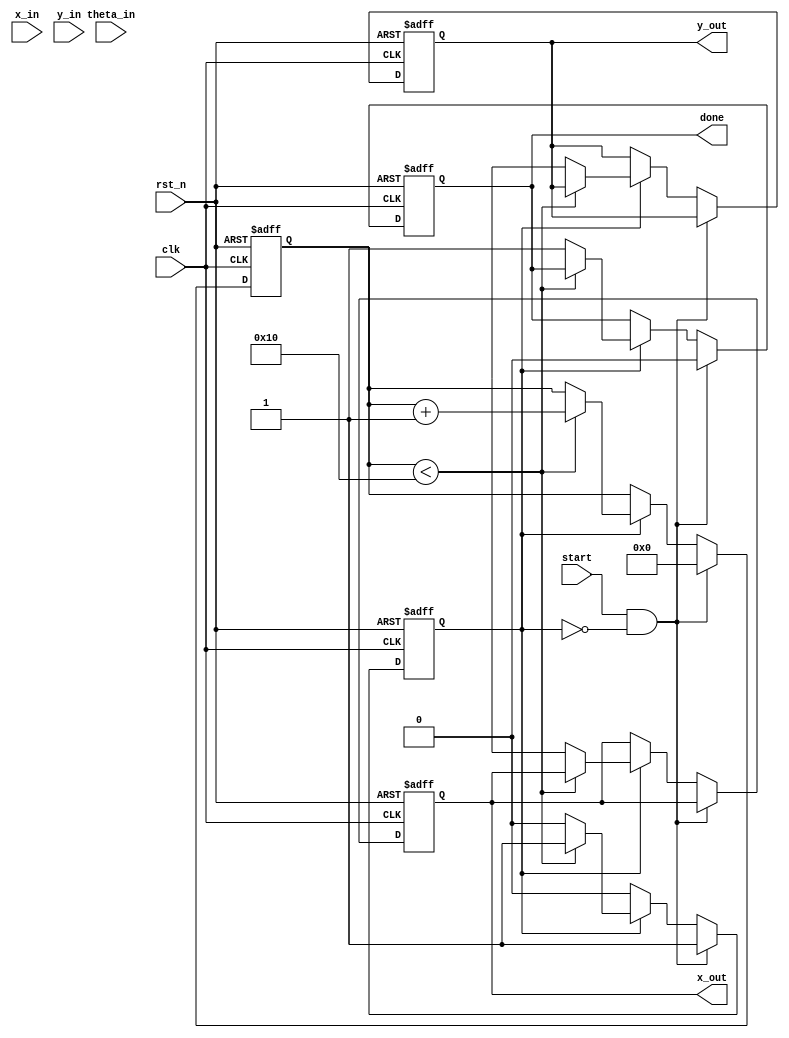
module CORDIC #(
    parameter WIDTH = 16,               // Width of the fixed-point representation
    parameter ITERATIONS = 16           // Number of CORDIC iterations
) (
    input  wire clk,                    // Clock signal
    input  wire rst_n,                  // Active low reset
    input  wire [WIDTH-1:0] x_in,      // Input X vector
    input  wire [WIDTH-1:0] y_in,      // Input Y vector
    input  wire [WIDTH-1:0] theta_in,  // Input angle (in fixed-point format)
    input  wire start,                  // Start signal
    output reg [WIDTH-1:0] x_out,      // Output X vector
    output reg [WIDTH-1:0] y_out,      // Output Y vector
    output reg done                     // Done signal
);

    // Internal signals
    reg [WIDTH-1:0] x [0:ITERATIONS-1];
    reg [WIDTH-1:0] y [0:ITERATIONS-1];
    reg [WIDTH-1:0] theta [0:ITERATIONS-1];
    reg [ITERATIONS-1:0] angle_table [0:ITERATIONS-1]; // Pre-computed arctan values
    reg [4:0] count; // Iteration counter
    reg active;      // Indicates if CORDIC is running

    // Initialize angle table
    initial begin
        angle_table[0] = 16'h3FFF; // atan(2^0) = 45 degrees
        angle_table[1] = 16'h2000; // atan(2^-1) = 26.565 degrees
        angle_table[2] = 16'h199A; // atan(2^-2) = 14.036 degrees
        // Add more angles as needed for ITERATIONS
        // ...
        angle_table[15] = 16'h0001; // atan(2^-15)
    end

    // Control Logic
    always @(posedge clk or negedge rst_n) begin
        if (!rst_n) begin
            count <= 0;
            active <= 0;
            done <= 0;
            x_out <= 0;
            y_out <= 0;
        end else if (start && !active) begin
            // Start the CORDIC process
            x[0] <= x_in;
            y[0] <= y_in;
            theta[0] <= theta_in;
            count <= 0;
            active <= 1;
            done <= 0;
        end else if (active) begin
            if (count < ITERATIONS) begin
                // CORDIC iteration
                if (theta[count] < 0) begin
                    // Counter-clockwise rotation
                    x[count + 1] <= x[count] + (y[count] >>> count);
                    y[count + 1] <= y[count] - (x[count] >>> count);
                    theta[count + 1] <= theta[count] + angle_table[count];
                end else begin
                    // Clockwise rotation
                    x[count + 1] <= x[count] - (y[count] >>> count);
                    y[count + 1] <= y[count] + (x[count] >>> count);
                    theta[count + 1] <= theta[count] - angle_table[count];
                end
                count <= count + 1;
            end else begin
                // Final output after iterations
                x_out <= x[ITERATIONS];
                y_out <= y[ITERATIONS];
                done <= 1;
                active <= 0;
            end
        end
    end

endmodule